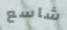
شاسع